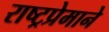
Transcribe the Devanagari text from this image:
राष्ट्रप्रेमाने